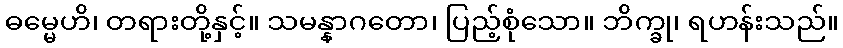
ဓမ္မေဟိ၊ တရားတို့နှင့်။ သမန္နာဂတော၊ ပြည့်စုံသော။ ဘိက္ခု၊ ရဟန်းသည်။